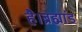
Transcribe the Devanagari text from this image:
है।ब्रह्मांड